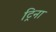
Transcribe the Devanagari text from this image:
ट्रिना